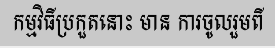
កម្មវិធីប្រកួតនោះ មាន ការចូលរួមពី